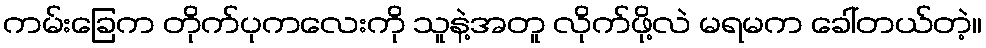
ကမ်းခြေက တိုက်ပုကလေးကို သူနဲ့အတူ လိုက်ဖို့လဲ မရမက ခေါ်တယ်တဲ့။